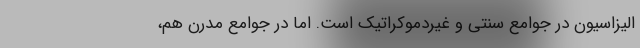
الیزاسیون در جوامع سنتی و غیردموکراتیک است. اما در جوامع مدرن هم،